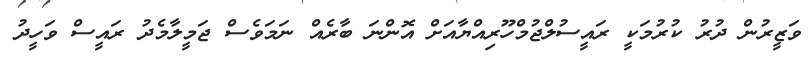
ވަޒީރުން ދުރު ކުރުމަކީ ރައީސުލްޖުމްހޫރިއްޔާއަށް އޮންނަ ބާރެއް ނަމަވެސް ޖަމީލާމެދު ރައީސް ވަހީދު